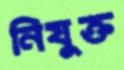
নিযুক্ত